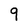
Character: 9